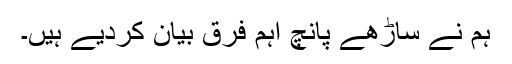
ہم نے ساڑھے پانچ اہم فرق بیان کردیے ہیں۔